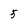
Character: 5